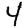
Digit: 4